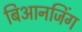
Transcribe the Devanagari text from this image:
बिआनजिंग